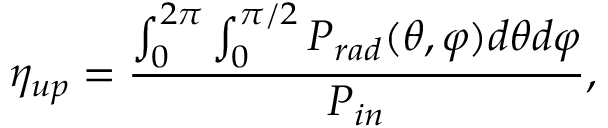
\eta _ { u p } = \frac { \int _ { 0 } ^ { 2 \pi } \int _ { 0 } ^ { \pi / 2 } P _ { r a d } ( \theta , \varphi ) d \theta d \varphi } { P _ { i n } } ,